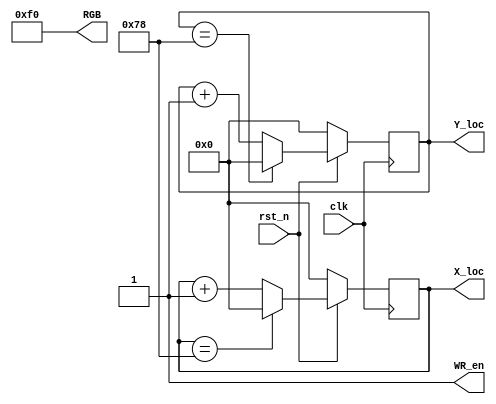
module line(input clk,
				input	rst_n,
				output [7:0]X_loc,
				output [7:0]Y_loc,
				output WR_en,
				output [11:0]RGB);

assign RGB = 12'b000011110000;
assign WR_en = 1;

reg [7:0]counter_X;
reg [7:0]counter_Y;

			
always @ (posedge clk)				
begin
	if(!rst_n)
		begin
			counter_X <= 0;
			counter_Y <= 0;		
		end
	else
		begin
			if(counter_X == 120)
				counter_X <= 0;
			else
				counter_X <= counter_X + 1;
		
			if(counter_Y == 120)
				counter_Y <= 0;
			else
				counter_Y <= counter_Y + 1;				
		
		end

end

assign X_loc = counter_X;
assign Y_loc = counter_Y;

endmodule